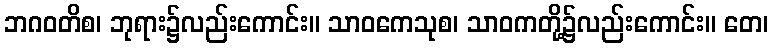
ဘဂဝတိစ၊ ဘုရား၌လည်းကောင်း။ သာဝကေသုစ၊ သာဝကတို့၌လည်းကောင်း။ တေ၊